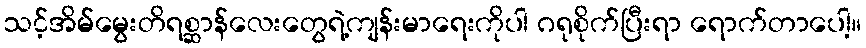
သင့်အိမ်မွေးတိရစ္ဆာန်လေးတွေရဲ့ကျန်းမာရေးကိုပါ ဂရုစိုက်ပြီးရာ ရောက်တာပေါ့။